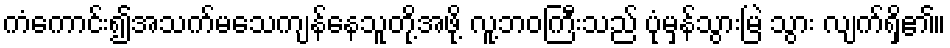
ကံကောင်း၍အသက်မသေကျန်နေသူတို့အဖို့ လူ့ဘဝကြီးသည် ပုံမှန်သွားမြဲ သွား လျက်ရှိ၏။